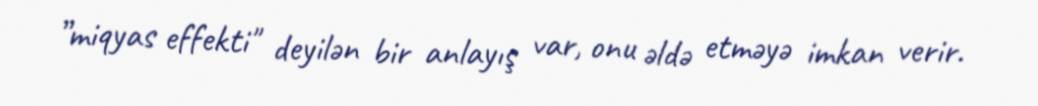
”miqyas effekti" deyilən bir anlayış var, onu əldə etməyə imkan verir.